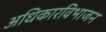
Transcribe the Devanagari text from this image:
अधिकारविभाजन